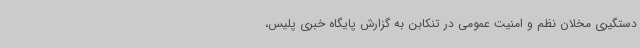
دستگیری مخلان نظم و امنیت عمومی در تنکابن به گزارش پایگاه خبری پلیس،